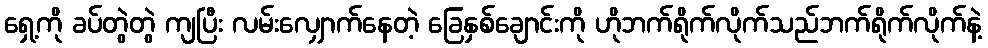
ရှေ့ကို ခပ်တွဲတွဲ ကျပြီး လမ်းလျှောက်နေတဲ့ ခြေနှစ်ချောင်းကို ဟိုဘက်ရိုက်လိုက်သည်ဘက်ရိုက်လိုက်နဲ့